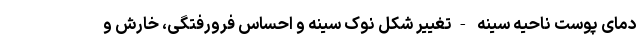
دمای پوست ناحیه سینه -تغییر شکل نوک سینه و احساس فرورفتگی، خارش و